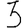
Digit: 3